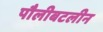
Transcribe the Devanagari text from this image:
पौलीबटलीन